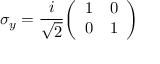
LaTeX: \sigma _ { y } = { \frac { i } { \sqrt { 2 } } } { \left( \begin{array} { l l } { 1 } & { 0 } \\ { 0 } & { 1 } \end{array} \right) }